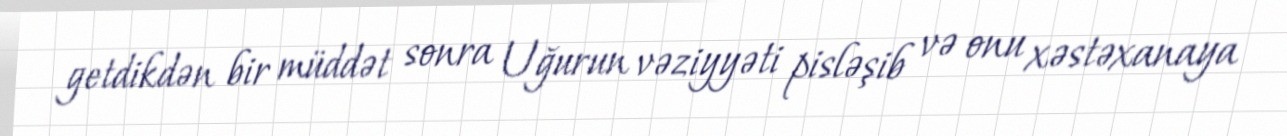
getdikdən bir müddət sonra Uğurun vəziyyəti pisləşib və onu xəstəxanaya